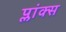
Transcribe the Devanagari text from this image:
प्लांक्स